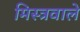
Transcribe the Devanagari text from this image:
मिस्त्रवाले